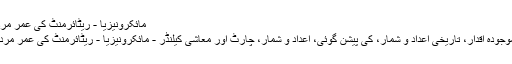
مائکرونیزیا - ریٹائرمنٹ کی عمر مرد
موجودہ اقدار، تاریخی اعداد و شمار، کی پیشن گوئی، اعداد و شمار، چارٹ اور معاشی کیلنڈر - مائکرونیزیا - ریٹائرمنٹ کی عمر مرد.